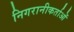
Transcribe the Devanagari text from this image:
निगरानीकर्ताओं